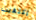
إكتفيت